Insane asylums in Bengal annual reports 1876-1887 - 1876-1887
Year: 1876
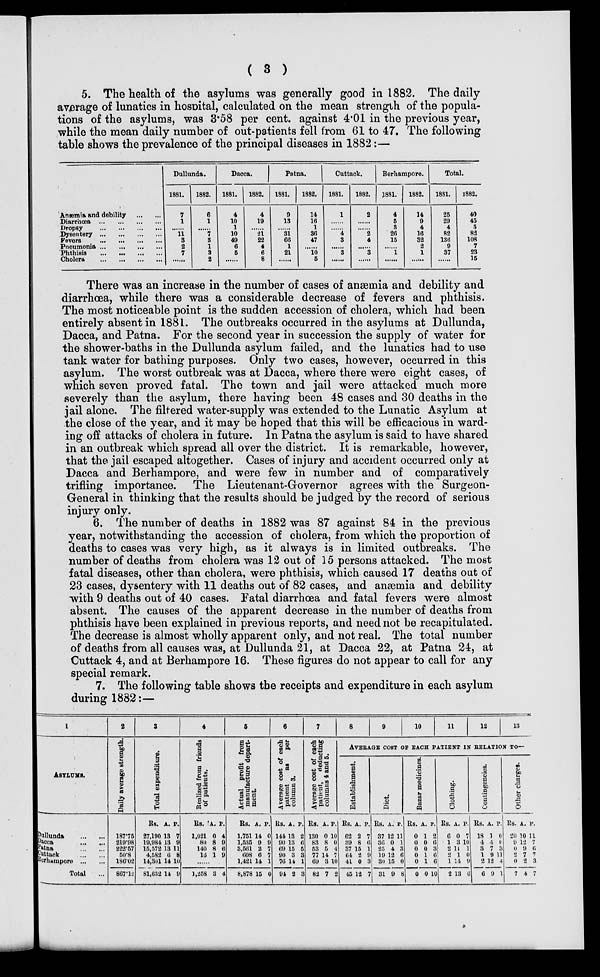
( 3 )
5. The health of the asylums was generally good in 1882. The daily
average of lunatics in hospital, calculated on the mean strength of the popula-
tions of the asylums, was 3.58 per cent. against 4.01 in the previous year,
while the mean daily number of out-patients fell from 61 to 47. The following
table shows the prevalence of the principal diseases in 1882:—
Anæmia and debility ... ...
Diarrhœa ... ... ... ...
Dropsy
...
...
...
...
Dysentery ... ... ... ...
Fevers ... ... ... ...
Pneumonia ... ... ... ...
Phthisis ... ... ... ...
Cholera ... ... ... ...
Dullunda.
1881.
7
1
11
3
2
7
......
1882.
6
1
7
3
1
3
2
Dacca.
1881.
4
10
1
10
49
6
5
1882.
4
19
21
22
4
6
8
Patna.
1881.
9
13
31
66
1
21
1882.
14
16
1
36
47
10
5
Cuttack.
1881.
1
4
3
3
1882.
2
2
4
3
Berhampore.
1881.
4
5
3
26
15
1
......
1882.
14
9
4
16
32
2
1
Total.
1881.
25
29
4
82
136
9
37
1882.
40
45
5
82
108
7
23
15
There was an increase in the number of cases of anæmia and debility and
diarrhœa, while there was a considerable decrease of fevers and phthisis,
The most noticeable point is the sudden accession of cholera, which had been
entirely absent in 1881. The outbreaks occurred in the asylums at Dullunda,
Dacca, and Patna. For the second year in succession the supply of water for
the shower-baths in the Dullunda asylum failed, and the lunatics had to use
tank water for bathing purposes. Only two cases, however, occurred in this
asylum. The worst outbreak was at Dacca, where there were eight cases, of
which seven proved fatal. The town and jail were attacked much more
severely than the asylum, there having been 48 cases and 30 deaths in the
jail alone. The filtered water-supply was extended to the Lunatic Asylum at
the close of the year, and it may be hoped that this will be efficacious in ward-
ing off attacks of cholera in future. In Patna the asylum is said to have shared
in an outbreak which spread all over the district. It is remarkable, however,
that the jail escaped altogether. Cases of injury and accident occurred only at
Dacca and Berhampore, and were few in number and of comparatively
trifling importance. The Lieutenant-Governor agrees with the Surgeon-
General in thinking that the results should be judged by the record of serious
injury only.
6. The number of deaths in 1882 was 87 against 84 in the previous
year, notwithstanding the accession of cholera, from which the proportion of
deaths to cases was very high, as it always is in limited outbreaks. The
number of deaths from cholera was 12 out of 15 persons attacked. The most
fatal diseases, other than cholera, were phthisis, which caused 17 deaths out of
23 cases, dysentery with 11 deaths out of 82 cases, and anæmia and debility
with 9 deaths out of 40 cases. Fatal diarrhœa and fatal fevers were almost
absent. The causes of the apparent decrease in the number of deaths from
phthisis have been explained in previous reports, and need not be recapitulated.
The decrease is almost wholly apparent only, and not real. The total number
of deaths from all causes was, at Dullunda 21, at Dacca 22, at Patna 24, at
Cuttack 4, and at Berhampore 16. These figures do not appear to call for any
special remark.
7. The following table shows the receipts and expenditure in each asylum
during 1882:—
1
ASYLUMS.
Dullunda
...
...
Dacca
...
...
Patna
...
...
Cuttack
...
...
Berhampore ... ...
Total ...
2
Daily average strength.
187.75
219.98
222.57
50.8
186.02
867.12
3
Total expenditure.
Rs.
27,190
19,984
15,572
4,582
14,301
81,632
A.
13
13
13
6
14
14
P.
7
9
11
8
10
9
4
Realized from friends
of patients.
Rs.
1,021
80
140
16
A.
0
8
8
1
P.
4
9
6
9
1,258 3 4
5
Actual profit from
manufacture depart-
ment.
Rs.
1,751
1,535
3,561
608
1,421
8,878
A.
14
9
2
6
14
15
P.
0
9
7
7
1
0
6
Average cost of each
patient
as
per
column 3.
Rs.
144
90
69
90
76
94
A.
13
13
15
3
14
2
P.
2
6
5
3
1
3
7
Average cost of each
patient, deducting
columns 4 and 5.
Rs.
130
83
53
77
69
82
A.
0
8
5
14
3
7
P.
10
0
4
7
10
2
8
9
10
11
12
13
AVERAGE COST OF EACH PATIENT IN RELATION TO—
Establishment.
Rs.
62
39
37
64
41
45
A.
2
8
15
2
0
12
P.
7
6
1
9
3
7
Diet.
Rs.
37
36
25
19
30
31
A.
12
0
4
12
15
9
P.
11
1
3
6
0
8
Bazar medicines.
Rs.
0
0
0
0
0
0
A.
1
0
0
1
1
0
P.
2
6
3
6
6
10
Clothing.
Rs.
6
1
2
2
1
2
A.
0
3
11
1
14
13
P.
7
10
1
0
9
6
Contingencies.
Rs.
18
4
3
1
2
6
A.
1
4
7
9
12
9
P.
0
0
3
11
4
1
Other charges.
Rs.
20
9
0
2
0
7
A.
10
12
9
7
2
4
P.
11
7
6
7
3
7